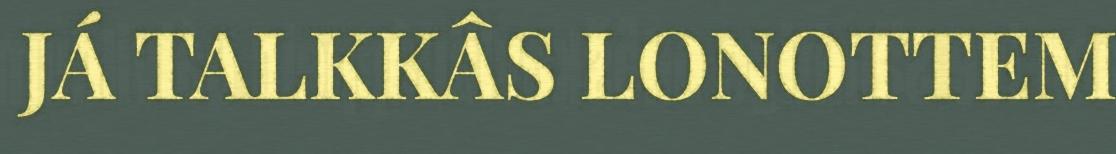
JÁ TALKKÂS LONOTTEM